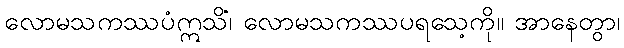
လောမသကဿပံဣသိံ၊ လောမသကဿပရသေ့ကို။ အာနေတွာ၊